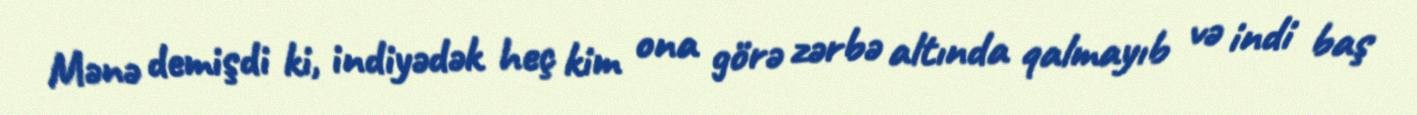
Mənə demişdi ki, indiyədək heç kim ona görə zərbə altında qalmayıb və indi baş